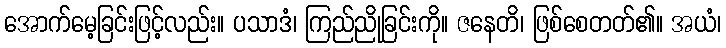
အောက်မေ့ခြင်းဖြင့်လည်း။ ပသာဒံ၊ ကြည်ညိုခြင်းကို။ ဇနေတိ၊ ဖြစ်စေတတ်၏။ အယံ၊